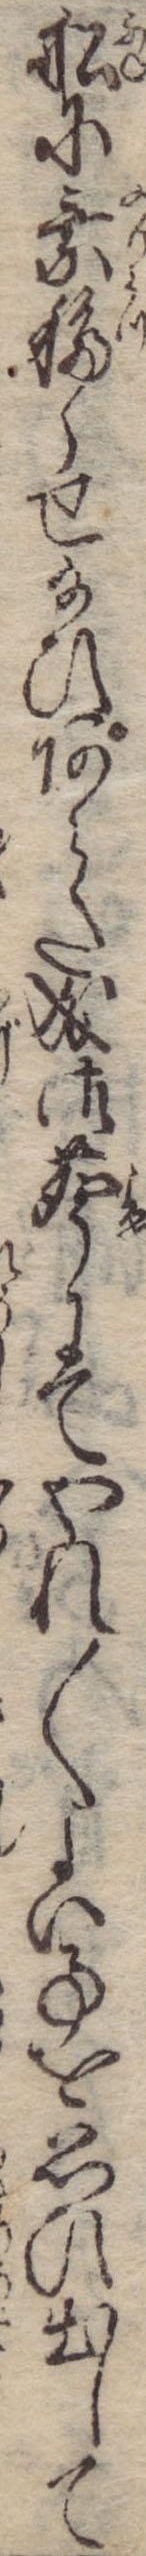
船に乗移らせ給ひあらた成御声にてやれ〱よい事を思ひ出して